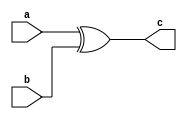
module xor_HPC2 #(parameter security_order=1, parameter pipeline=1) (a, b, c);
input wire [security_order:0] a, b;
output wire [security_order:0] c;
assign c = a ^ b;
endmodule